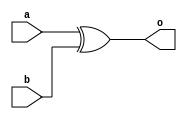


module xor_I_32(
	input wire [31:0] a,
	input wire [31:0] b,
	output wire [31:0] o
    );
    assign o = a ^ b;
endmodule